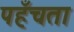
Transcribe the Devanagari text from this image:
पहँचता